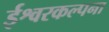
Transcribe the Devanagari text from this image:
ईश्वरकल्पना